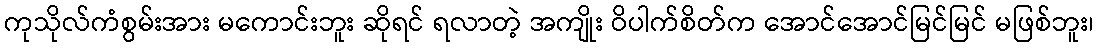
ကုသိုလ်ကံစွမ်းအား မကောင်းဘူး ဆိုရင် ရလာတဲ့ အကျိုး ဝိပါက်စိတ်က အောင်အောင်မြင်မြင် မဖြစ်ဘူး၊